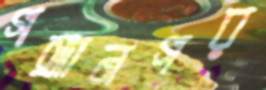
গঙ্গানগর